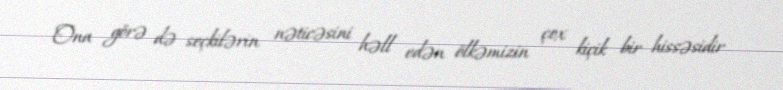
Ona görə də seçkilərin nəticəsini həll edən ölkəmizin çox kiçik bir hissəsidir